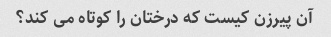
آن پیرزن کیست که درختان را کوتاه می کند؟